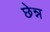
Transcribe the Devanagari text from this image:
छेन्न